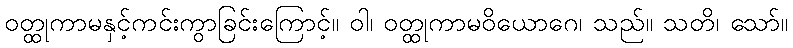
ဝတ္ထုကာမနှင့်ကင်းကွာခြင်းကြောင့်။ ဝါ၊ ဝတ္ထုကာမဝိယောဂေ၊ သည်။ သတိ၊ သော်။